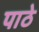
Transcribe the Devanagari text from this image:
पाठे